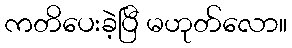
ကတိပေးခဲ့ပြီ မဟုတ်လော။